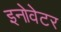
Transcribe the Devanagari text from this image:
इनोवेटर